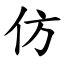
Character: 仿